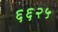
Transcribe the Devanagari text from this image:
६६२५